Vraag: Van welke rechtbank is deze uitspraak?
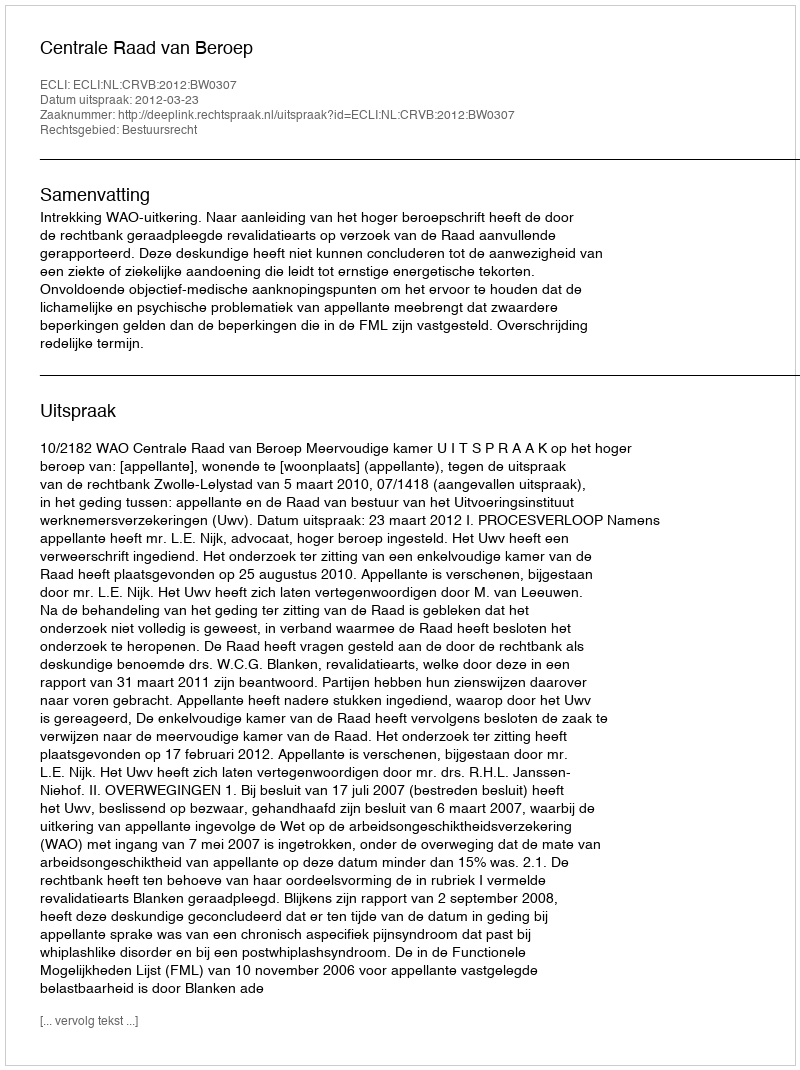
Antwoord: Centrale Raad van Beroep